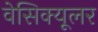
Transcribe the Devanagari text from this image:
वेसिक्यूलर